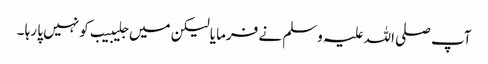
آپ صلی اللہ علیہ وسلم نے فرمایا لیکن میں جلیبیب کو نہیں پا رہا ۔